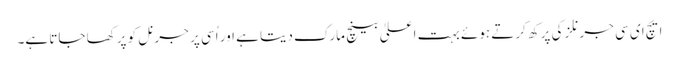
ایچ ای سی جرنلز کی پرکھ کرتے ہوئے بہت اعلیٰ بینچ مارک دیتا ہے اور اُسی پر جرنل کو پرکھا جاتا ہے۔